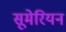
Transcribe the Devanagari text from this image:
सूमेरियन